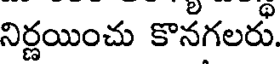
నిర్ణయించు కొనగలరు.